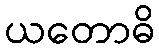
ယတောဓိ